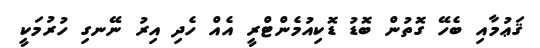
ޤަޢުމާއި ބެހޭ ގޮތުން ބޮޑު ޑޮކިއުމެންޓްރީ އެއް ހެދި އިރު ނޭނގި ހުރުމަކީ